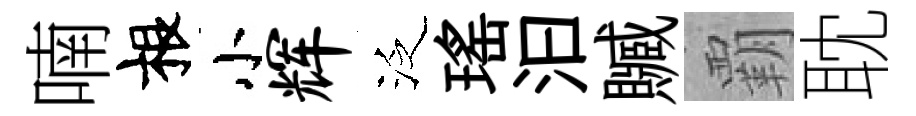
喃根小辉泛瑤汩贓覇耽